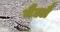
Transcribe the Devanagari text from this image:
यैल्लै